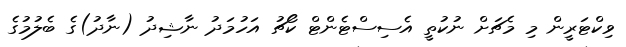
ވިކްޓަރީން މި މެޗަށް ނުކުތީ އެސިސްޓެންޓް ކޯޗު އަހުމަދު ނާޝިދު (ނާދު)ގެ ބެލުމުގެ